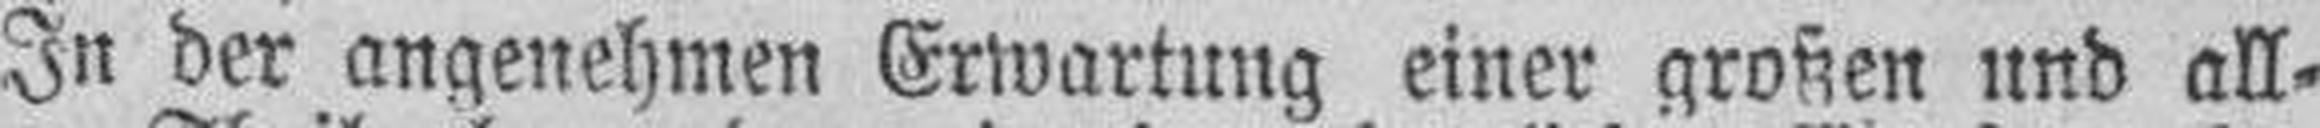
In der angenehmen Erwartung einer großen und all¬